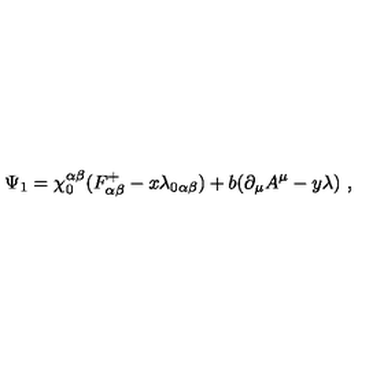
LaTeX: \Psi _ { 1 } = \chi _ { 0 } ^ { \alpha \beta } ( F _ { \alpha \beta } ^ { + } - x \lambda _ { 0 \alpha \beta } ) + b ( \partial _ { \mu } A ^ { \mu } - y \lambda ) \ ,